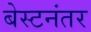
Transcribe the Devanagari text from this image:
बेस्टनंतर